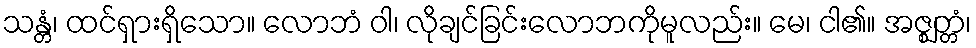
သန္တံ၊ ထင်ရှားရှိသော။ လောဘံ ဝါ၊ လိုချင်ခြင်းလောဘကိုမူလည်း။ မေ၊ ငါ၏။ အဇ္ဈတ္တံ၊